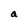
Character: a